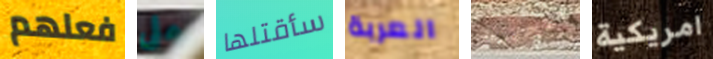
فعلهم على سأقتلها العربة اعجبتك امريكية